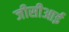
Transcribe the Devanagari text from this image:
जीसीआई